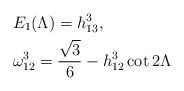
LaTeX: \begin{align*}&E_1(\Lambda)=h_{13}^3,\\&\omega_{12}^3=\frac{\sqrt{3}}{6}-h_{12}^3\cot{2\Lambda}\end{align*}